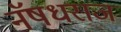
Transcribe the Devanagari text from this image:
नॅषधराज